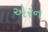
એરન